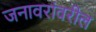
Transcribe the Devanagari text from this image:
जनावरांवरील